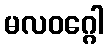
မလဝဂ္ဂေါ